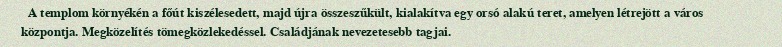
A templom környékén a főút kiszélesedett, majd újra összeszűkült, kialakítva egy orsó alakú teret, amelyen létrejött a város központja. Megközelítés tömegközlekedéssel. Családjának nevezetesebb tagjai.